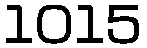
1015